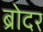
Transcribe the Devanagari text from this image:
ब्रोदर